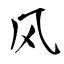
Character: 凤